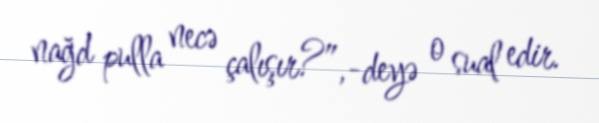
nağd pulla necə çalışır?”,-deyə o sual edir.